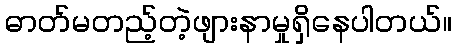
ဓာတ်မတည့်တဲ့ဖျားနာမှုရှိနေပါတယ်။